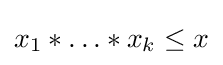
x_{1}*\ldots *x_{k}\leq x